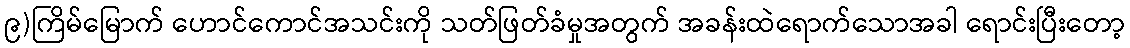
၉)ကြိမ်မြောက် ဟောင်ကောင်အသင်းကို သတ်ဖြတ်ခံမှုအတွက် အခန်းထဲရောက်သောအခါ ရောင်းပြီးတော့